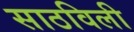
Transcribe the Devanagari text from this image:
साठविली